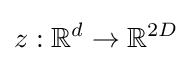
z:\mathbb {R} ^{d}\to \mathbb {R} ^{2D}